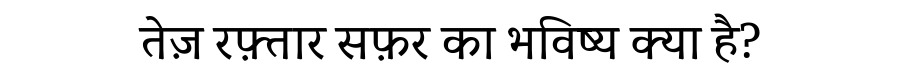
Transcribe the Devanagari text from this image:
तेज़ रफ़्तार सफ़र का भविष्य क्या है?